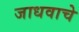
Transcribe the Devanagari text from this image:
जाधवाचे